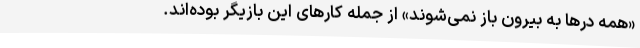
«همه درها به بیرون باز نمی‌شوند» از جمله کارهای این بازیگر بوده‌اند.